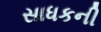
સાધકની